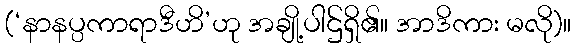
(‘နာနပ္ပကာရာဒီဟိ’ဟု အချို့ပါဌ်ရှိ၏။ အာဒိကား မလို)။